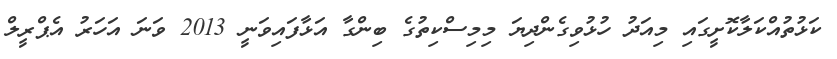
ކަޅުތުއްކަލާކޮށީގައި މިއަދު ހުޅުވިގެންދިޔަ މިމިސްކިތުގެ ބިންގާ އަޅާފައިވަނީ 2013 ވަނަ އަހަރު އެޕްރީލް